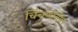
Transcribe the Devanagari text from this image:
चिंचणीतील